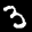
Label: 3